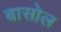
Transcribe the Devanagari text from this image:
बासोल